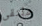
ملتقى